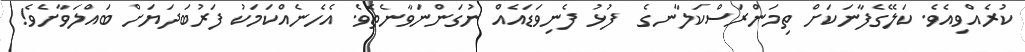
ކުރެއްވިއެވެ. ކަލޭގެފާނަކަށް ތިމަންރަސްކަލާނގެ  ފުޅު ފެނިވަޑައެއް ނުގަންނަވާނެތެވެ. އެހެނެއްކަމަކު ފަރުބަދަޔަށް ބައްލަވާށެވެ!